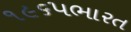
૧૯૬૫ભારત